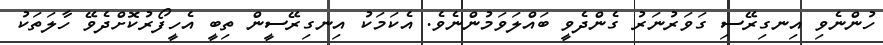
ހުންނެވި އިނގިރޭސި ގަވަރުނަރު ގެންދެވީ ބައްލަވަމުންނެވެ. އެކަމަކު އިނގިރޭސީން ތިބީ އެހީފޯރުކޮށްދެވޭ ހާލަތަކު